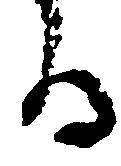
る